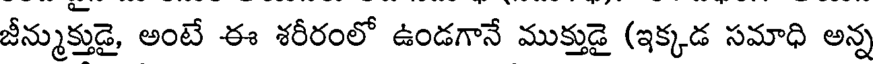
జీన్ముక్తుడై, అంటే ఈ శరీరంలో ఉండగానే ముక్తుడై (ఇక్కడ సమాధి అన్న